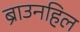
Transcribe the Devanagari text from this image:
ब्राउनहिल